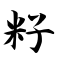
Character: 籽